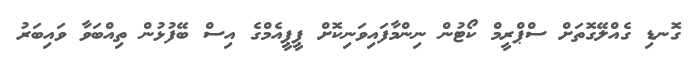
ގޮނޑި ގެއްލޭގޮތަށް ސްޕްރީމް ކޯޓުން ނިންމާފައިވަނިކޮށް ޕީޕީއެމްގެ އިސް ބޭފުޅުން ތިއްބަވާ ވައިބަރު